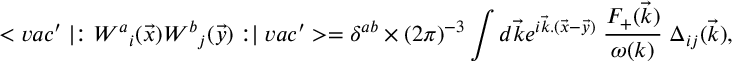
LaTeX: < v a c ^ { \prime } \mid : { W ^ { a } } _ { i } ( \vec { x } ) { W ^ { b } } _ { j } ( \vec { y } ) : \mid v a c ^ { \prime } > = { \delta } ^ { a b } \times ( 2 \pi ) ^ { - 3 } \int d \vec { k } e ^ { i \vec { k } . ( \vec { x } - \vec { y } ) } \; { \frac { F _ { + } ( \vec { k } ) } { \omega ( k ) } } \; \Delta _ { i j } ( \vec { k } ) ,